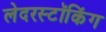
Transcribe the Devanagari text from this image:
लेदरस्टॉकिंग